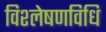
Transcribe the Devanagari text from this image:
विश्लेषणविधि